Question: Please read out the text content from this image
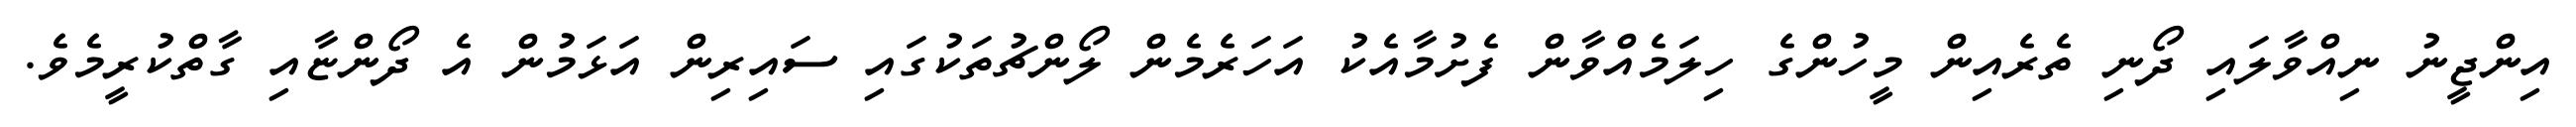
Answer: އިންޖީނު ނިއްވާލައި ދޯނި ތެރެއިން މީހުންގެ ހިލަމެއްވާން ފެށުމާއެކު އަހަރެމެން ލޯންޗުތަކުގައި ސައިރިން އަޅަމުން އެ ދޯންޏާއި ގާތްކުރީމެވެ.